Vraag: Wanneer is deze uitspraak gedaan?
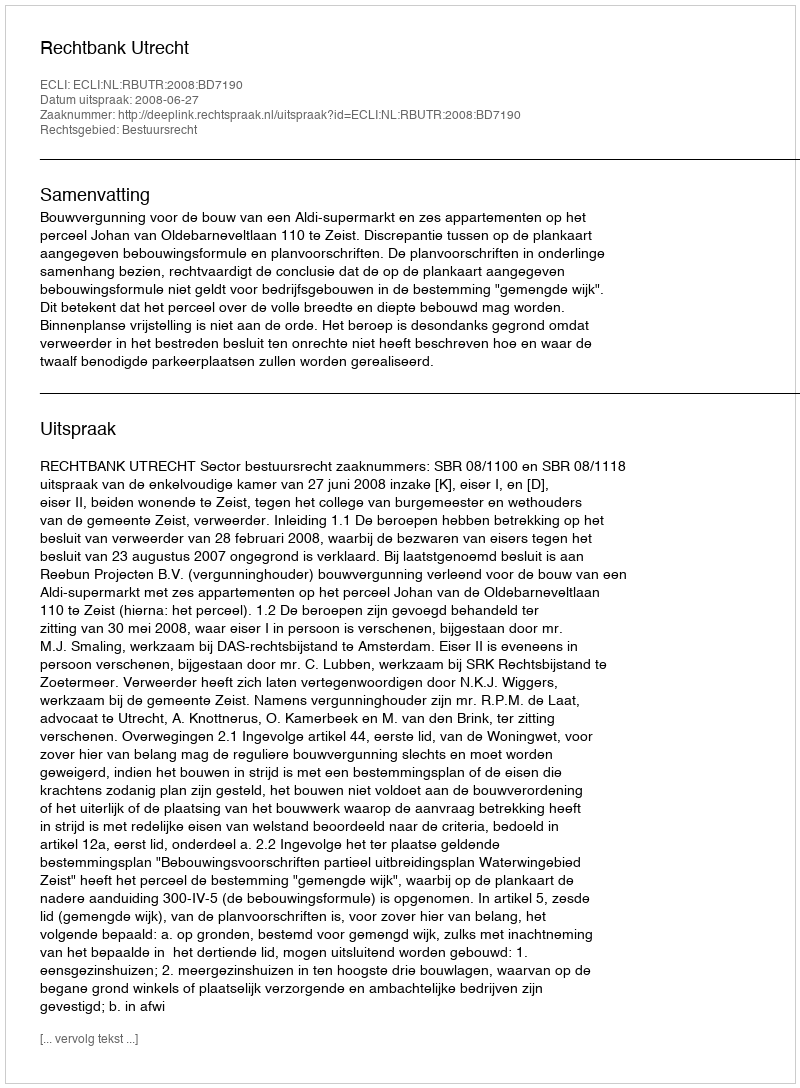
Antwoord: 2008-06-27